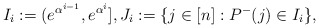
\begin{align*}I_i:=(e^{\alpha^{i-1}},e^{\alpha^i}],J_i:=\{j\in[n]:P^-(j)\in I_i\}, \end{align*}